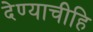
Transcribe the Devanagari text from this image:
देण्याचीहि